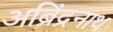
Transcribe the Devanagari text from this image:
अब्रिंद्रनाथ